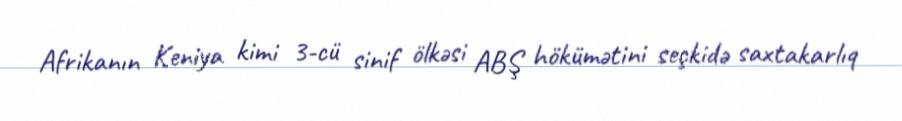
Afrikanın Keniya kimi 3-cü sinif ölkəsi ABŞ hökümətini seçkidə saxtakarlıq